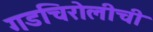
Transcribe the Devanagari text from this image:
गडचिरोलीची